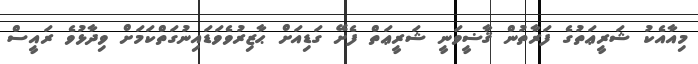
މިއާއެކު ޝަރީޢަތުގެ ފަރާތުން ޤާޟީވަނީ ޝަރީޢަތް ފެށޭ ގަޑިއަށް ޙާޒިރުވެވަޑައިނުގަތްކަމަށް ވިދާޅުވެ ރައީސް